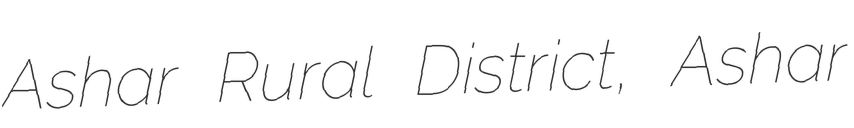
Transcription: Ashar Rural District, Ashar